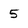
Character: 5